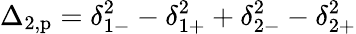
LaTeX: \Delta_{2,\mathrm{p}}=\delta_{1-}^{2}-\delta_{1+}^{2}+\delta_{2-}^{2}-\delta_{2+}^{2}